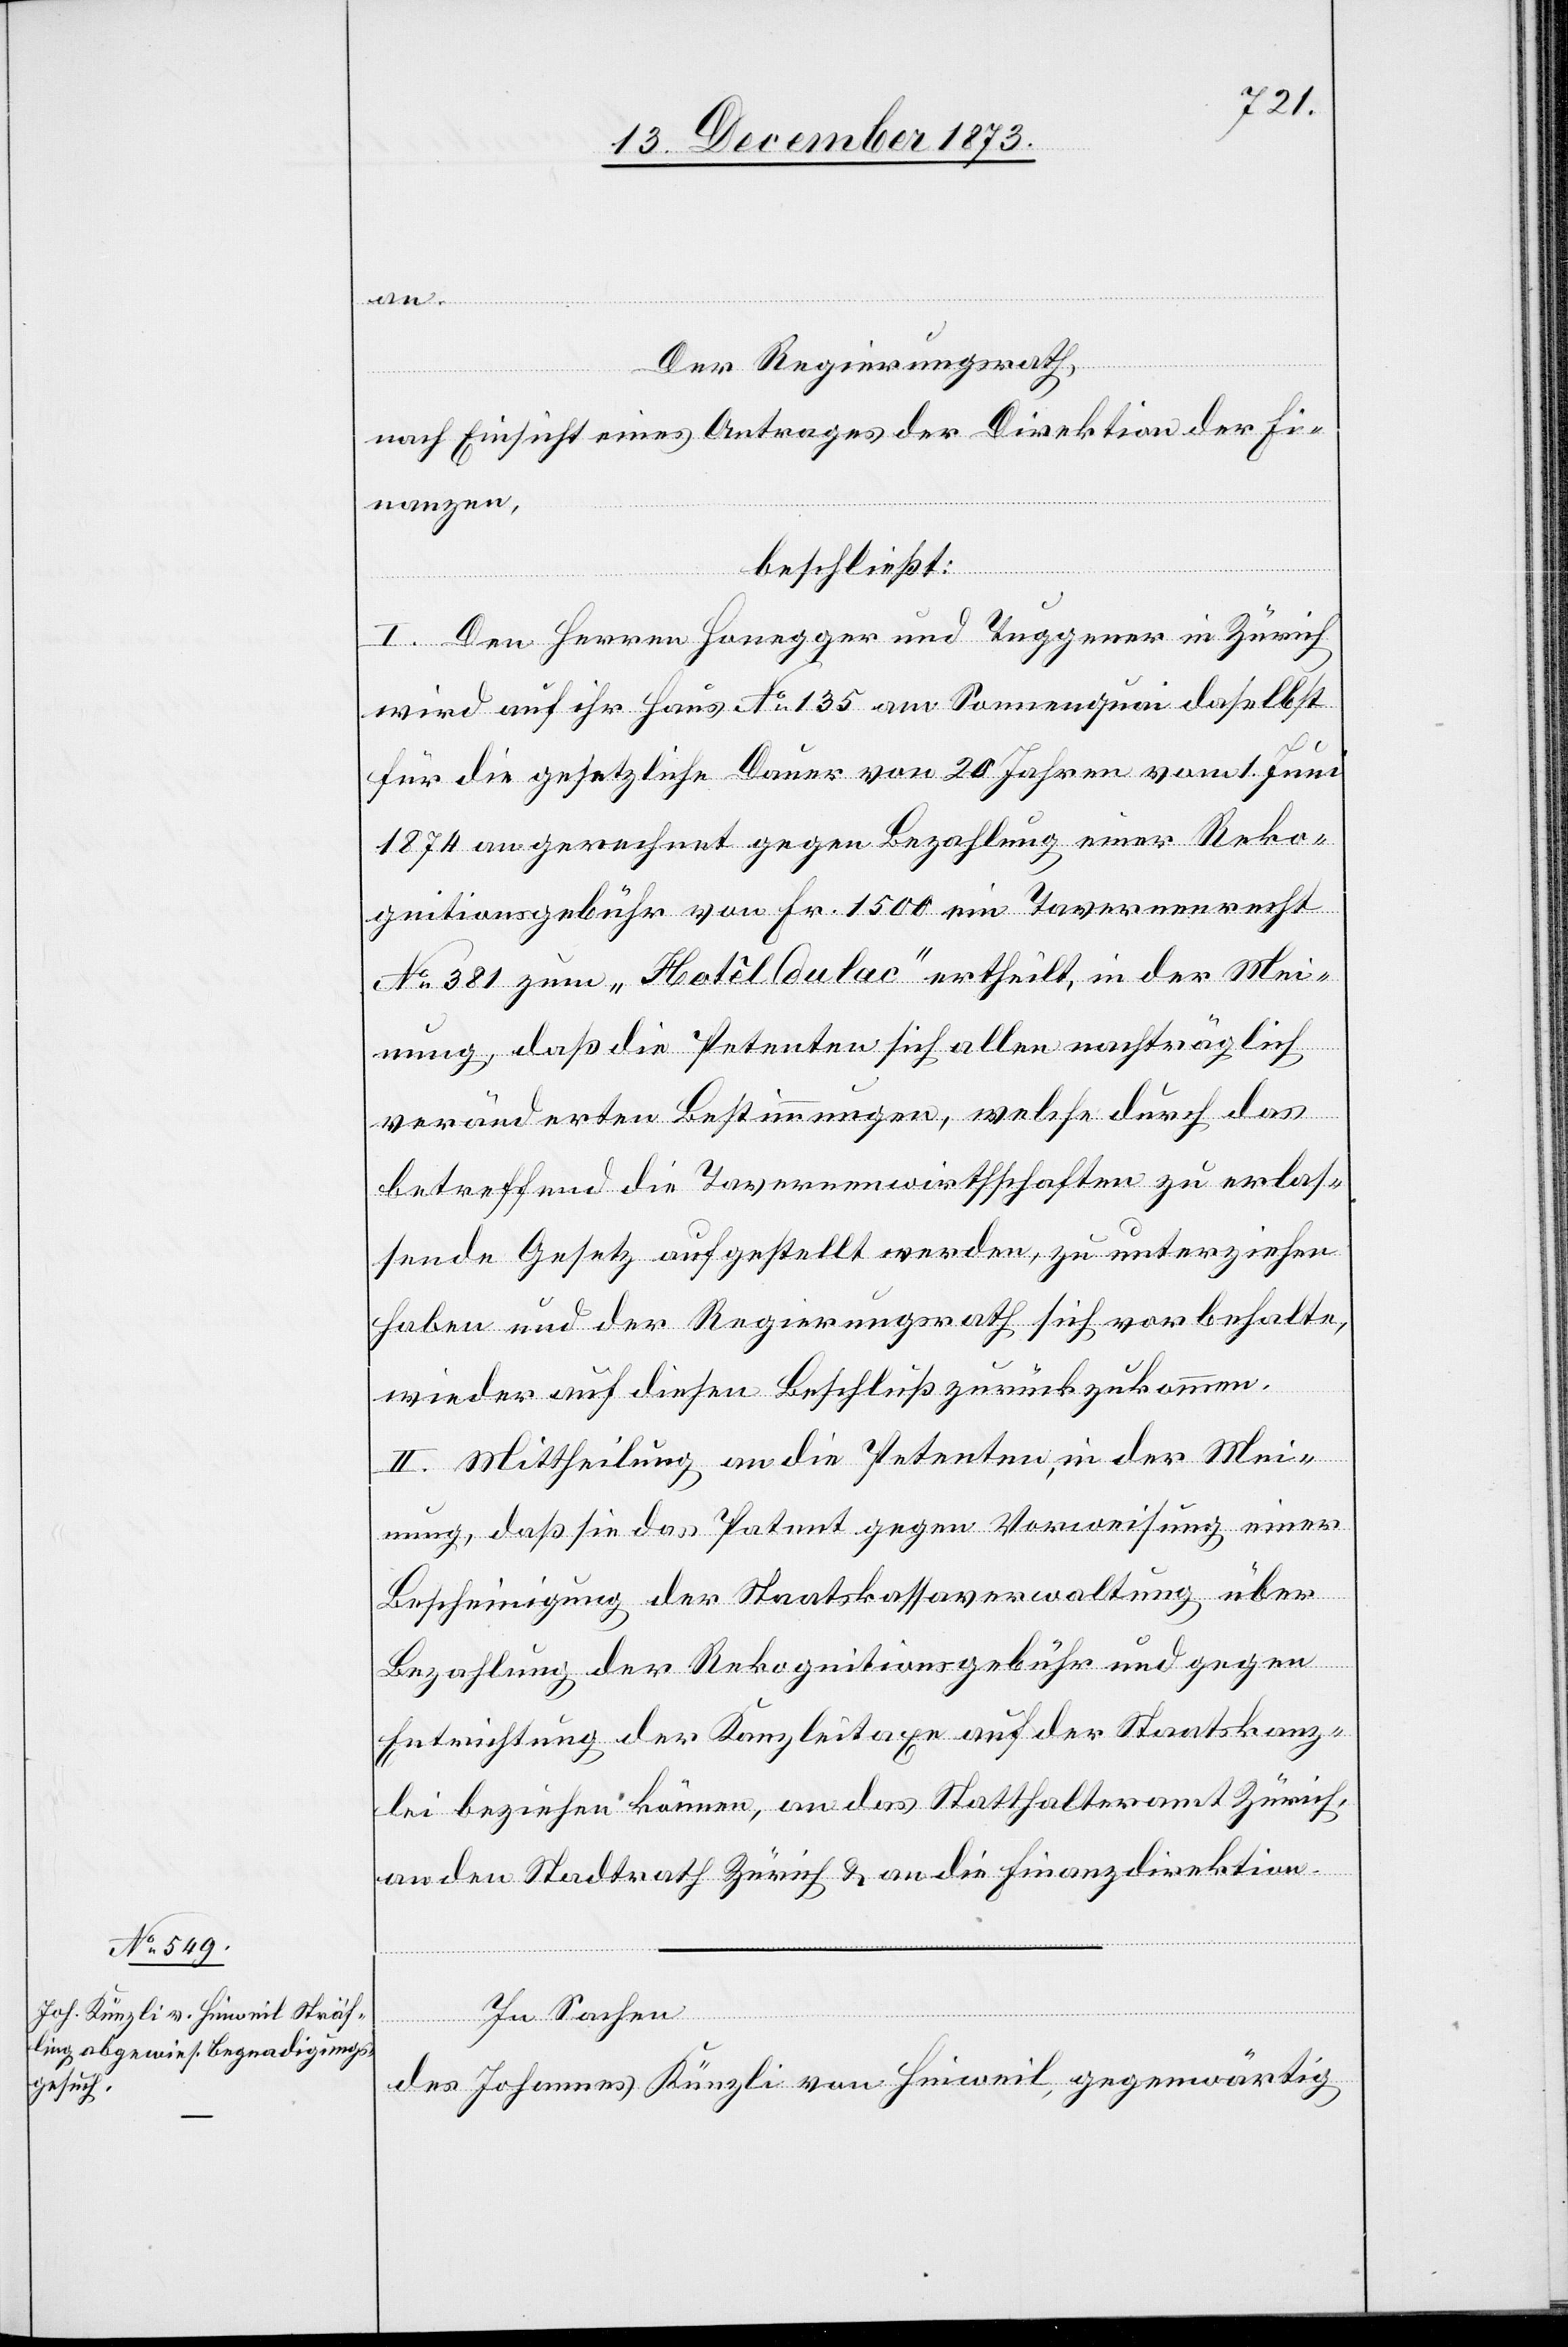
Der Regierungsrath,
nach Einsicht eines Antrages der Direktion der Fi¬
nanzen,
beschließt:
I. Den Herren Honegger und Tuggener in Zürich
wird auf ihr Haus No 135 am Sonnenquai daselbst
für die gesetzliche Dauer von 20 Jahren vom 1. Juni
1874 an gerechnet gegen Bezahlung einer Reko¬
gnitionsgebühr von Fr. 1 500 ein Tavernenrecht
No 381 zum „Hôtel du lac“ ertheilt, in der Mei¬
nung, daß die Petenten sich allen nachträglich
veränderten Bestimmungen, welche durch das
betreffend die Tavernenwirthschaften zu erlas¬
sende Gesetz aufgestellt werden, zu unterziehen
haben und der Regierungsrath sich vorbehalte,
wieder auf diesen Beschluß zurückzukommen.
II. Mittheilung an die Petenten, in der Mei¬
nung, daß sie das Patent gegen Vorweisung einer
Bescheinigung der Staatskassaverwaltung über
an.
Bezahlung der Rekognitionsgebühr und gegen
Entrichtung der Kanzleitaxe auf der Staatskanz¬
lei beziehen können, an das Statthalteramt Zürich,
an den Stadtrath Zürich & an die Finanzdirektion.
In Sachen
des Johannes Künzli von Hinweil, gegenwärtig